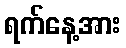
ရက်နေ့အား